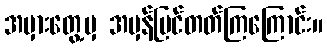
အမှားတွေ့မှ အမှန်မြင်တတ်ကြကြောင်း။